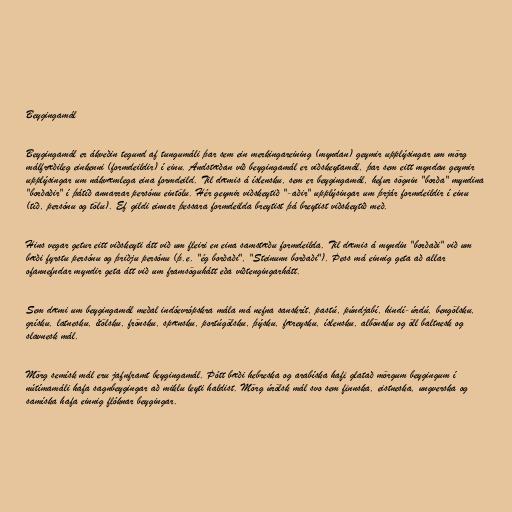
Beygingamál

Beygingamál er ákveðin tegund af tungumáli þar sem ein merkingareining (myndan) geymir upplýsingar um mörg
málfræðileg einkenni (formdeildir) í einu. Andstæðan við beygingamál er viðskeytamál, þar sem eitt myndan geymir
upplýsingar um nákvæmlega eina formdeild. Til dæmis á íslensku, sem er beygingamál, hefur sögnin "borða" myndina
"borðaðir" í þátíð annarrar persónu eintölu. Hér geymir viðskeytið "-aðir" upplýsingar um þrjár formdeildir í einu
(tíð, persónu og tölu). Ef gildi einnar þessara formdeilda breytist þá breytist viðskeytið með.

Hins vegar getur eitt viðskeyti átt við um fleiri en eina samstæðu formdeilda. Til dæmis á myndin "borðaði" við um
bæði fyrstu persónu og þriðju persónu (þ.e. "ég borðaði", "Steinunn borðaði"). Þess má einnig geta að allar
ofannefndar myndir geta átt við um framsöguhátt eða viðtengingarhátt.

Sem dæmi um beygingamál meðal indóevrópskra mála má nefna sanskrít, pastú, púndjabí, hindí-úrdú, bengölsku,
grísku, latnesku, ítölsku, frönsku, spænsku, portúgölsku, þýsku, færeysku, íslensku, albönsku og öll baltnesk og
slavnesk mál.

Mörg semísk mál eru jafnframt beygingamál. Þótt bæði hebreska og arabíska hafi glatað mörgum beygingum í
nútímamáli hafa sagnbeygingar að miklu leyti haldist. Mörg úrölsk mál svo sem finnska, eistneska, ungverska og
samíska hafa einnig flóknar beygingar.